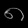
Digit: ၈